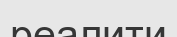
реалити